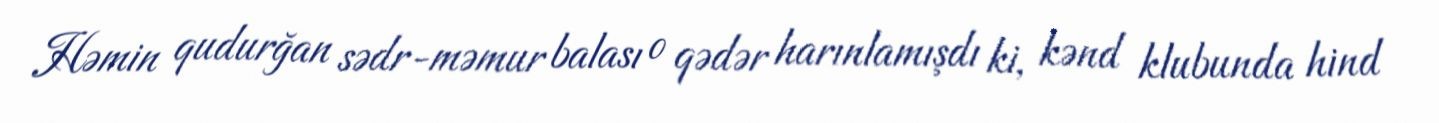
Həmin qudurğan sədr-məmur balası o qədər harınlamışdı ki, kənd klubunda hind